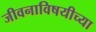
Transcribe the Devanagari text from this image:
जीवनाविषयीच्या